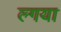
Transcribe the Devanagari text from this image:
ल्गया